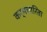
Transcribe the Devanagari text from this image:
कर्मचारिता